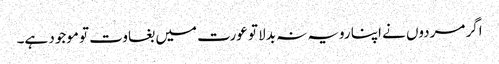
اگر مردوں نے اپنا رویہ نہ بدلا تو عورت میں بغاوت تو موجود ہے۔